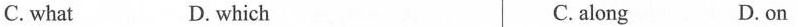
C. what D. which C. along D. on